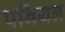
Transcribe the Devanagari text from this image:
पनियल